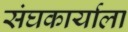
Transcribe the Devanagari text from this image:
संघकार्याला